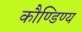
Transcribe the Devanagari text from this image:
कौण्डिण्य